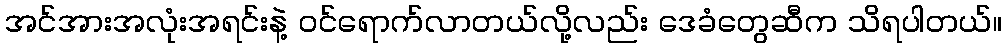
အင်အားအလုံးအရင်းနဲ့ ဝင်ရောက်လာတယ်လို့လည်း ဒေခံတွေဆီက သိရပါတယ်။